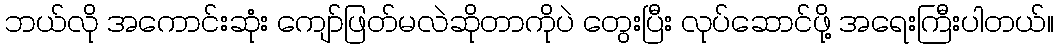
ဘယ်လို အကောင်းဆုံး ကျော်ဖြတ်မလဲဆိုတာကိုပဲ တွေးပြီး လုပ်ဆောင်ဖို့ အရေးကြီးပါတယ်။